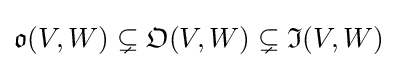
{\mathfrak {o}}(V,W)\subsetneq {\mathfrak {O}}(V,W)\subsetneq {\mathfrak {I}}(V,W)